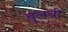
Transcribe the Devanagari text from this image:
बुलची